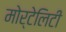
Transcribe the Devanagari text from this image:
मोर्टेलिटी